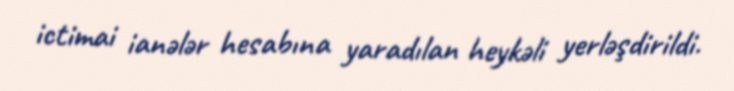
ictimai ianələr hesabına yaradılan heykəli yerləşdirildi.